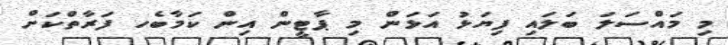
މި މައްސަލަ ބަލައި ފިޔަަޅު އަޅަން މި ޕާޓީން އިން ކަމާބެހ ފަރާތްކަށް